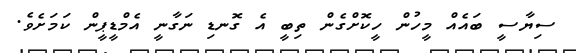
ސިޔާސީ ބައެއް މީހުން ހީކޮށްގެން ތިބީ އެ ގޮނޑި ނަގާނީ އެމްޑީޕީން ކަމަށެވެ.